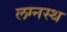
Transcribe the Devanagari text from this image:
लग्नस्थ